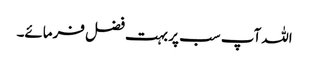
اللہ آپ سب پر بہت فضل فرمائے۔